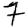
Digit: 7